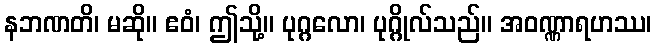
နဘဏတိ၊ မဆို။ ဧဝံ၊ ဤသို့။ ပုဂ္ဂလော၊ ပုဂ္ဂိုလ်သည်။ အဝဏ္ဏာရဟဿ၊